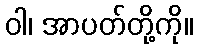
ဝါ၊ အာပတ်တို့ကို။